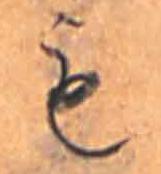
も